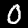
Label: 0